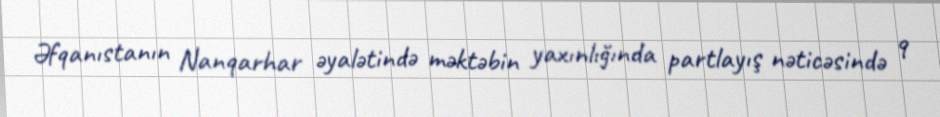
Əfqanıstanın Nanqarhar əyalətində məktəbin yaxınlığında partlayış nəticəsində 9